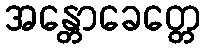
အန္တောခေတ္တေ